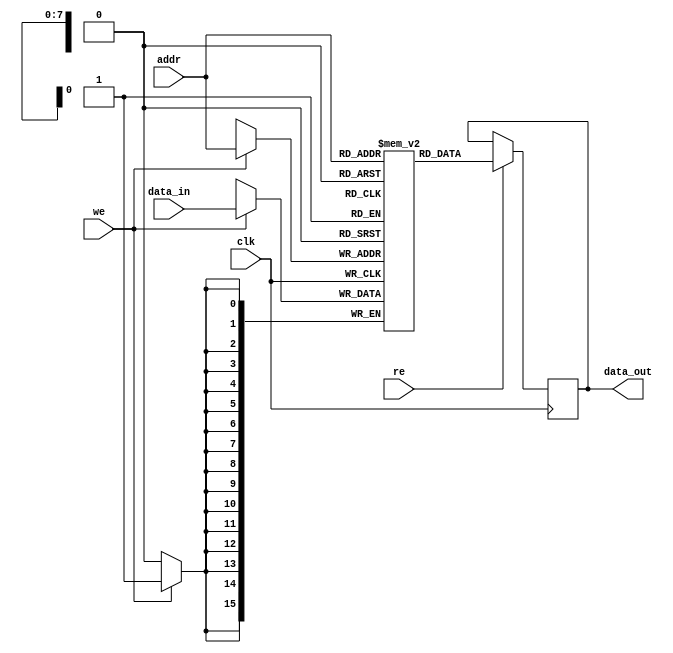
module RAM (
  input wire clk,
  input wire [ADDR_WIDTH-1:0] addr,
  input wire [DATA_WIDTH-1:0] data_in,
  input wire we,
  input wire re,
  output reg [DATA_WIDTH-1:0] data_out
);

  parameter ADDR_WIDTH = 8;
  parameter DATA_WIDTH = 16;
  reg [DATA_WIDTH-1:0] memory [0:(2**ADDR_WIDTH)-1];

  always @(posedge clk) begin
    if(we) begin
      memory[addr] <= data_in;
    end

    if(re) begin
      data_out <= memory[addr];
    end
  end

endmodule